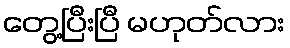
တွေ့ပြီးပြီ မဟုတ်လား